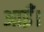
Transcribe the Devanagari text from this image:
आईँ।